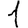
Digit: 1